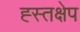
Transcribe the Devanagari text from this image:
ह्स्तक्षेप